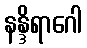
နန္ဒိရာဂေါ